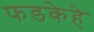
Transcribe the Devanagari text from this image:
फडकेहे